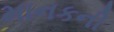
માનકની